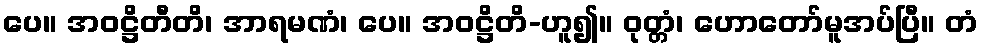
ပေ။ အဝဋ္ဌိတီတိ၊ အာရမဏံ၊ ပေ။ အဝဋ္ဌိတိ-ဟူ၍။ ဝုတ္တံ၊ ဟောတော်မူအပ်ပြီ။ တံ